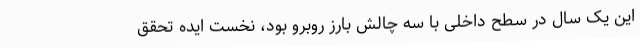
این یک سال در سطح داخلی با سه چالش بارز روبرو بود، نخست ایده تحقق